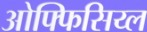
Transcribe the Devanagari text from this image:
ओफ्फिसिय्ल